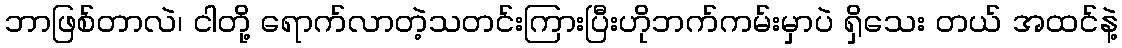
ဘာဖြစ်တာလဲ၊ ငါတို့ ရောက်လာတဲ့သတင်းကြားပြီးဟိုဘက်ကမ်းမှာပဲ ရှိသေး တယ် အထင်နဲ့